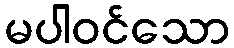
မပါဝင်သော